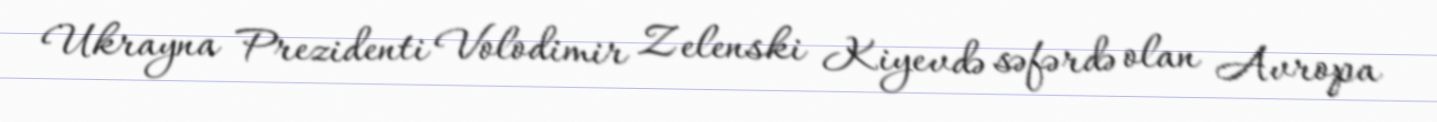
Ukrayna Prezidenti Volodimir Zelenski Kiyevdə səfərdə olan Avropa